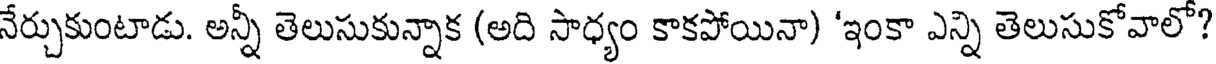
నేర్చుకుంటాడు. అన్నీ తెలుసుకున్నాక (అది సాధ్యం కాకపోయినా) 'ఇంకా ఎన్ని తెలుసుకోవాలో?